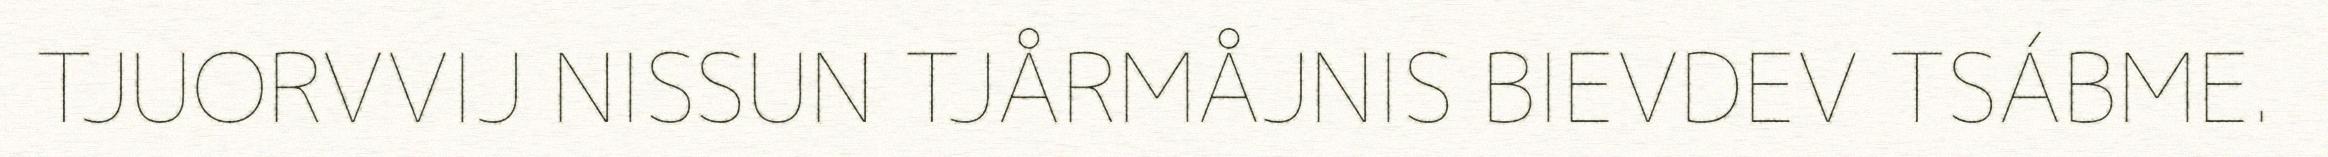
TJUORVVIJ NISSUN TJÅRMÅJNIS BIEVDEV TSÁBME.